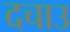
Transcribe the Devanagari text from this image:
दचाउ